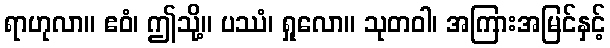
ရာဟုလာ။ ဧဝံ၊ ဤသို့။ ပဿံ၊ ရှုလော။ သုတဝါ၊ အကြားအမြင်နှင့်